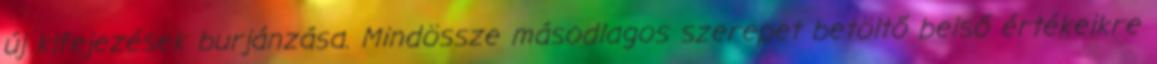
új kifejezések burjánzása. Mindössze másodlagos szerepet betöltő belső értékeikre